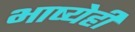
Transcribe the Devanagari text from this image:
भाष्येही